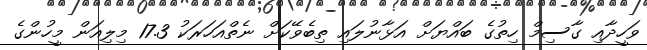
ވަހީދާއި ގާސިމް ހިތުގެ ބައްޔަށް އަޅާނުލައި ތިބެވޭކަށް ނެތްއަހަރަކު 17.3 މިލިއަން މީހުންގެ